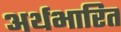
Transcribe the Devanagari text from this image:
अर्थभारित